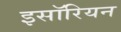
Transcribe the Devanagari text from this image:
इसॉरियन